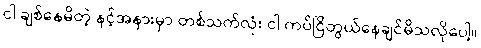
ငါ ချစ်နေမိတဲ့ နင့်အနားမှာ တစ်သက်လုံး ငါ ကပ်ငြိတွယ်နေချင်မိသလိုပေါ့။